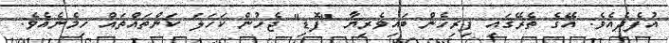
އުފެދެއެވެ. އޭގެ ތެރޭގައި ފިރިހެން ބައިވެރިޔާ "ފޮޑި" ޖެހުން ކަހަލަ ކަންތައްތައް ހިމެނެއެވެ.